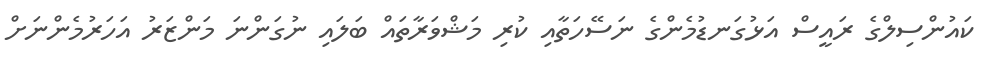
ކައުންސިލްގެ ރައީސް އަޅުގަނޑުމެންގެ ނަސޭހަތާއި ކުރި މަޝްވަރާތައް ބަލައި ނުގަންނަ މަންޒަރު އަހަރުމެންނަށް